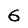
Digit: 6